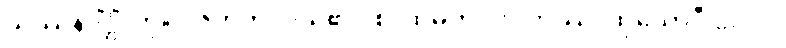
သဿနဒိံဋ္ဌိံ၊ ကို။ ပဇဟတိ၊ ပယ်၏။ စ၊ ထိုမှတပါး။ တဿ၊ ထိုယောဂီ ပုဂ္ဂိုလ်